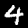
Label: 4